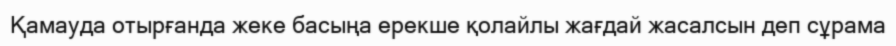
Қамауда отырғанда жеке басыңа ерекше қолайлы жағдай жасалсын деп сұрама